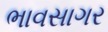
ભાવસાગર